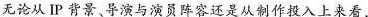
无论从IP 背景导演与演员阵容还是从制作投入上来看，